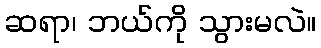
ဆရာ၊ ဘယ်ကို သွားမလဲ။